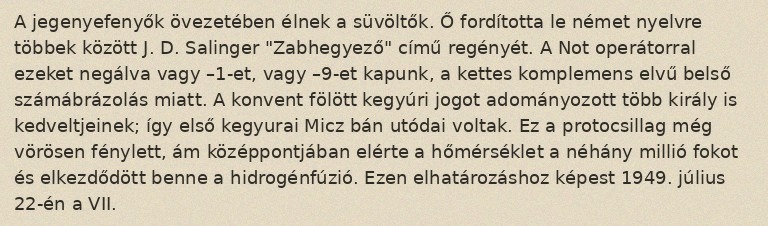
A jegenyefenyők övezetében élnek a süvöltők. Ő fordította le német nyelvre többek között J. D. Salinger "Zabhegyező" című regényét. A Not operátorral ezeket negálva vagy –1-et, vagy –9-et kapunk, a kettes komplemens elvű belső számábrázolás miatt. A konvent fölött kegyúri jogot adományozott több király is kedveltjeinek; így első kegyurai Micz bán utódai voltak. Ez a protocsillag még vörösen fénylett, ám középpontjában elérte a hőmérséklet a néhány millió fokot és elkezdődött benne a hidrogénfúzió. Ezen elhatározáshoz képest 1949. július 22-én a VII.